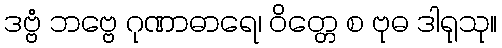
ဒဗ္ဗံ ဘဗ္ဗေ ဂုဏာဓာရေ၊ ဝိတ္တေ စ ဗုဓ ဒါရုသု။